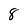
Character: 8